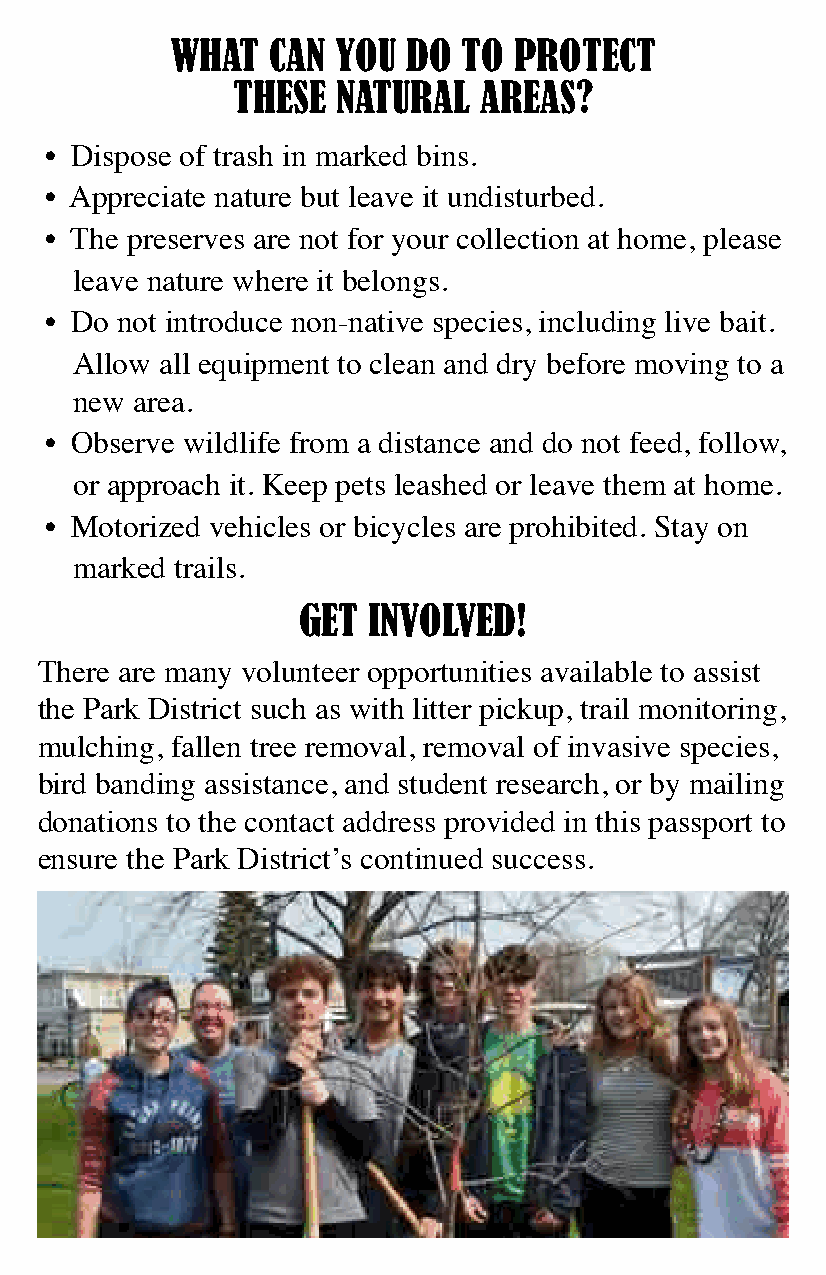
WHAT   CAN YOU  DO  TO PROTECT
 THESE  NATURAL   AREAS?
 • Dispose of trash in marked bins.
 • Appreciate nature but leave it undisturbed.
 • The preserves are not for your collection at home, please
 leave nature where it belongs.
 • Do not introduce non-native species, including live bait.
 Allow all equipment to clean and dry before moving to a
 new area.
 • Observe wildlife from a distance and do not feed, follow,
 or approach it. Keep pets leashed or leave them at home.
 • Motorized vehicles or bicycles are prohibited. Stay on
 marked trails.
 GET INVOLVED!
 There are many volunteer opportunities available to assist
 the Park District such as with litter pickup, trail monitoring,
 mulching, fallen tree removal, removal of invasive species,
 bird banding assistance, and student research, or by mailing
 donations to the contact address provided in this passport to
 ensure the Park District’s continued success.